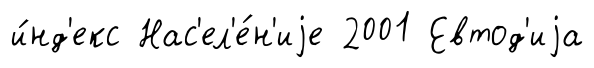
и́нд'екс Нас'ел'е́н'иjе 2001 Евтод'иjа